Report on sanitation, dispensaries, and jails in Rajputana for 1913, and on vaccination for the year 1913-1914 - 1913-1914
Year: 1913
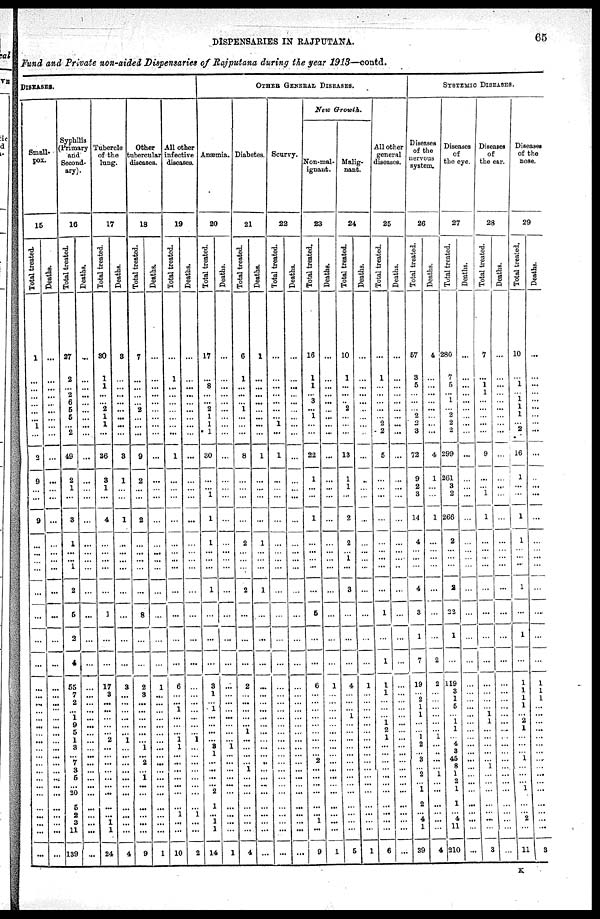
DISPENSARIES IN RAJPUTANA.
65
Fund and Private non-aided Dispensaries of Rajputana during the year 1913—contd.
DISEASES.
Small¬
pox.
15
Total treated.
1
...
...
...
...
...
...
1
...
2
9
...
...
9
...
...
...
...
...
...
...
...
...
...
...
...
...
...
...
...
...
...
...
...
...
...
...
...
...
...
...
...
Deaths.
...
...
...
...
...
...
...
...
...
...
...
...
...
...
...
...
...
...
...
...
... ...
...
...
...
...
...
...
...
...
...
...
...
...
...
...
...
...
...
...
...
...
Syphilis
(Primary
and
Second-
ary).
16
Total treated.
27
2
...
2
6
5
5
...
2
49
2
1
...
3
1
...
...
1
2
5
2
4
55
7
2
...
1
9
5
1
3
...
7
3
5
...
20
5
2
3
11
139
Deaths.
...
...
...
...
...
...
...
...
...
...
...
...
...
...
...
...
...
...
...
...
... ...
...
...
...
...
...
...
...
...
...
...
...
...
...
...
...
...
...
...
...
...
Tubercle
of the
lung.
17
Total treated.
30
1
1
...
...
2
1
1
...
36
3
1
...
4
...
...
...
...
...
1
...
...
17
3
...
...
...
...
...
2
...
...
...
...
...
...
...
...
...
1
1
24
Deaths.
3
...
...
...
...
...
...
...
...
3
1
...
...
1
...
...
...
...
...
...
...
...
3
...
...
...
...
...
...
1
...
...
...
...
...
...
...
...
...
...
...
4
Other
tubercular
diseases.
18
Total treated.
7
...
...
...
...
2
...
...
...
9
2
...
...
2
...
...
...
...
...
8
...
...
2
3
...
...
...
...
...
...
1
...
2
...
1
...
...
...
...
...
...
9
Deaths.
...
...
...
...
...
...
...
...
...
...
...
...
...
...
...
...
...
...
...
...
...
...
1
...
...
...
...
...
...
...
...
...
...
...
...
...
...
...
...
...
...
1
All other
infective
diseases.
19
Total treated.
...
1
...
...
...
...
...
...
...
1
...
...
...
...
...
...
...
...
...
...
...
...
6
...
...
1
...
...
...
1
1
...
...
...
...
...
...
...
1
...
...
10
Deaths.
...
...
...
...
...
...
...
...
...
...
...
...
...
...
...
...
...
...
...
...
...
...
...
...
...
...
...
...
...
1
...
...
...
...
...
...
...
...
1
...
...
2
OTHER GENERAL DISEASES.
Anæmia.
20
Total treated.
17
...
8
...
...
2
1
1
1
30
...
...
1
1
1
...
...
...
1
...
...
...
3
1
...
1
...
...
...
...
3
1
...
...
...
...
2
1
...
1
1
14
Deaths.
...
...
...
...
...
...
...
...
...
...
...
...
...
...
...
...
...
...
...
...
...
...
...
...
...
...
...
...
...
...
1
...
...
...
...
...
...
...
...
...
...
1
Diabetes.
21
Total treated.
6
1
...
...
...
1
...
...
...
8
...
...
...
...
2
...
...
...
2
...
...
...
2
...
...
...
...
...
1
...
...
...
...
1
...
...
...
...
...
...
...
4
Deaths.
1
...
...
...
...
...
...
...
...
1
...
...
...
...
1
...
...
...
1
...
...
...
...
...
...
...
...
...
...
...
...
...
...
...
...
...
...
...
...
...
...
...
Scurvy.
22
Total treated.
...
...
...
...
...
...
...
1
...
1
...
...
...
...
...
...
...
...
...
...
...
...
...
...
...
...
...
...
...
...
...
...
...
...
...
...
...
...
...
...
...
...
Deaths.
...
...
...
...
...
...
...
...
...
...
...
...
...
...
...
...
...
...
...
...
... ...
...
...
...
...
...
...
...
...
...
...
...
...
...
...
...
...
...
...
...
...
New Growth.
Non-mal-
ignant.
23
Total treated.
16
1
1
...
3
...
1
...
...
22
1
...
...
1
...
...
...
...
...
5
...
...
6
...
...
...
...
...
...
...
...
...
2
...
...
...
...
...
...
1
...
9
Deaths.
...
...
...
...
...
...
...
...
...
...
...
...
...
...
...
...
...
...
...
...
...
...
1
...
...
...
...
...
...
...
...
...
...
...
...
...
...
...
...
...
...
1
Malig-
nant.
24
Total treated.
10
1
...
...
...
2
...
...
...
13
1
1
...
2
2
... 1
...
3
...
...
...
4
...
...
...
1
...
...
...
...
...
...
...
...
...
...
...
...
...
...
5
Deaths.
...
...
...
...
...
...
...
...
...
...
...
...
...
...
...
...
...
...
...
...
... ...
1
...
...
...
...
...
...
...
...
...
...
...
...
...
...
...
...
...
...
1
All other
general
diseases.
25
Total treated.
...
1
...
...
...
...
...
2
2
5
...
...
...
...
...
...
...
...
...
1
...
1
1
1
...
...
...
1
2
1
...
...
...
...
...
...
...
...
...
...
...
6
Deaths.
...
...
...
...
...
...
...
...
...
...
...
...
...
...
...
...
...
...
...
...
... ...
...
...
...
...
...
...
...
...
...
...
...
...
...
...
...
...
...
...
...
...
SYSTEMIC DISEASES.
Diseases
of the
nervous
system.
26
Total treated.
57
3
5
...
...
...
2
2
3
72
9
2
3
14
4
...
...
...
4
3
1
7
19
...
2
1
1
...
...
1
2
...
3
...
...
...
1
2
...
4
1
39
Deaths.
4
...
...
...
...
...
...
...
...
4
1
...
...
1
...
...
...
...
...
...
...
2
2
...
...
...
...
...
...
1
...
...
...
...
1
...
...
...
...
...
...
4
Diseases
of
the eye.
27
Total treated.
280
7
5
...
1
...
2
2
2
299
261
3
2
266
2
...
...
...
2
22
1
...
119
3
1
5
...
1
1
...
4
3
45
8
1
...
1
1
...
4
11
210
Deaths.
...
...
...
...
...
...
...
...
...
...
...
...
...
...
...
...
...
...
...
...
...
...
...
...
...
...
...
...
...
...
...
...
...
...
...
...
...
...
...
...
...
...
Diseases
of
the ear.
28
Total treated.
7
...
1
1
...
...
...
...
...
9
...
...
1
1
...
...
...
...
...
...
...
...
...
...
...
...
1
1
...
...
...
...
...
1
...
...
...
...
...
...
...
3
Deaths.
...
...
...
...
...
...
...
...
...
...
...
...
...
...
...
...
...
...
...
...
...
...
...
...
...
...
...
...
...
....
...
...
...
...
...
...
...
... ...
...
...
Diseases
of the
nose.
29
Total treated.
10
...
1
...
1 1
1
...
2
16
1
...
...
1
1
...
...
...
1
...
1
...
1
1
1
1
...
2
1
...
...
...
1
...
...
...
...
...
...
2
...
11
Deaths.
...
...
...
...
...
...
...
...
...
...
...
...
...
...
...
...
...
...
...
...
...
...
1
1
1
...
...
...
...
...
...
...
....
...
...
...
...
...
...
...
...
3
K